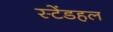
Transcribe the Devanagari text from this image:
स्टेंडहल